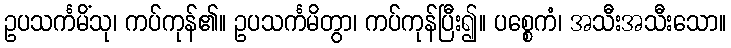
ဥပသင်္ကမိံသု၊ ကပ်ကုန်၏။ ဥပသင်္ကမိတွာ၊ ကပ်ကုန်ပြီး၍။ ပစ္စေကံ၊ အသီးအသီးသော။